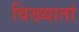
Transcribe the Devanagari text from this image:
विख्यातां